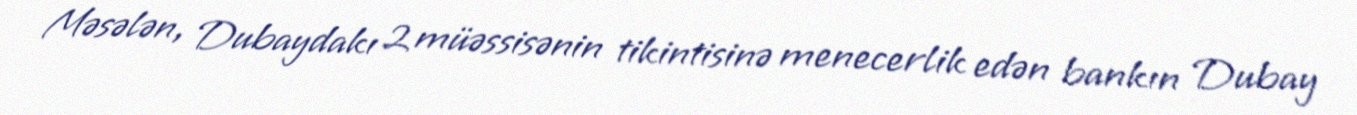
Məsələn, Dubaydakı 2 müəssisənin tikintisinə menecerlik edən bankın Dubay